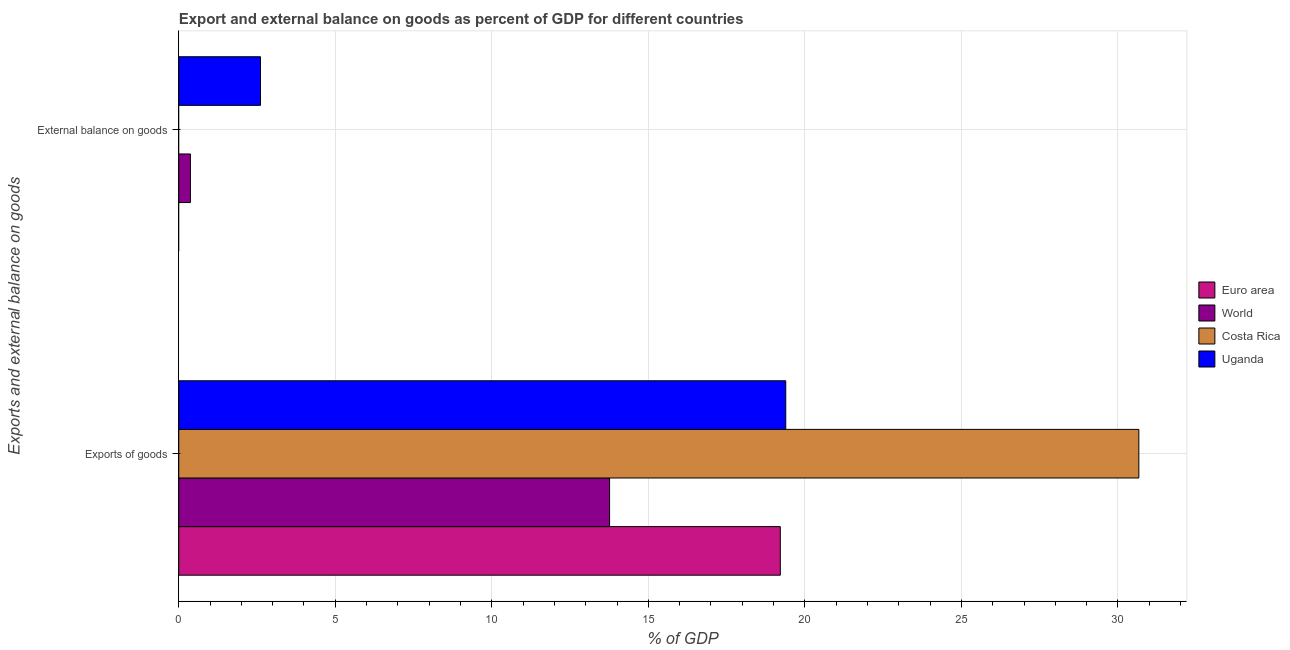
| Exports and external balance on goods | Euro area | World | Costa Rica | Uganda |
 | --- | --- | --- | --- | --- |
 | Exports of goods | 19.2 | 13.8 | 30.7 | 19.4 |
 | External balance on goods | -0.145 | 0.371 | -6.44 | 2.61 |